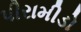
પીરામીડો